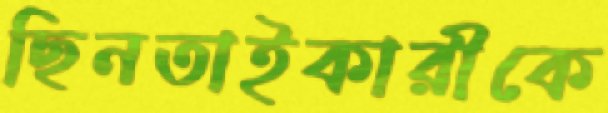
ছিনতাইকারীকে